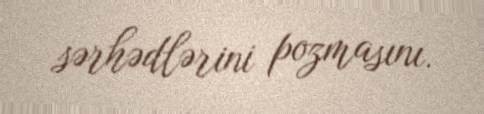
sərhədlərini pozmasını.